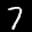
Label: 7